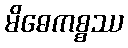
မိဓေကစ္စဿ